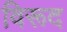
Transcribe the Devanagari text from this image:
विरूद